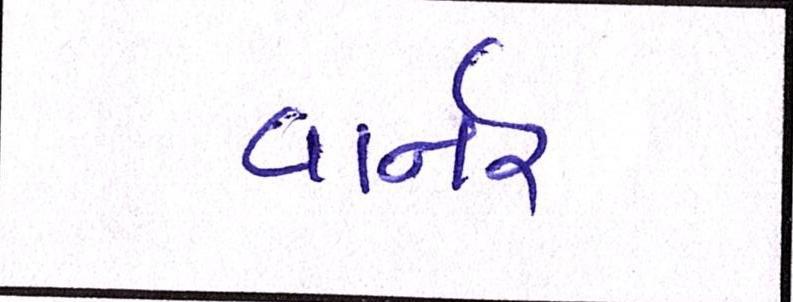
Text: વાર્નર